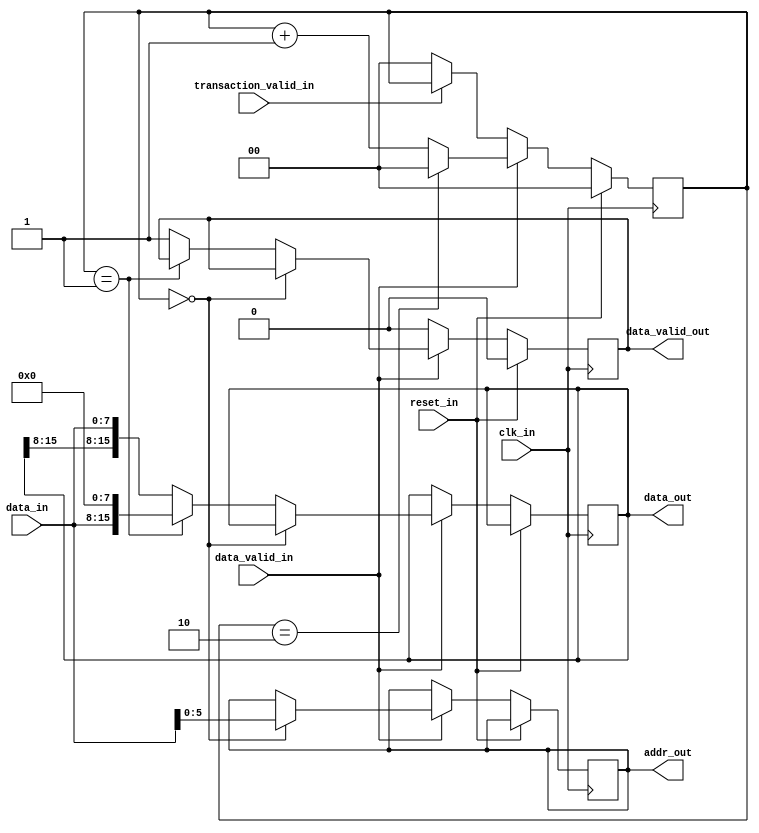
module spi_decoder(
    input   wire       reset_in,
    input   wire       clk_in,
    input   wire[7:0]  data_in,
    input   wire       data_valid_in,
    input   wire       transaction_valid_in,
    output  reg[15:0]  data_out,
    output  reg[5:0]   addr_out,
    output  reg       data_valid_out
);

    reg[1:0] rx_counter;

    always@(posedge clk_in)begin
        if(reset_in == 1'b1)begin
            rx_counter <= 2'h0;
            data_valid_out <= 1'b0;
        end
        else begin
            if(transaction_valid_in == 1'b0)begin
                rx_counter <= 2'h0;
            end
            
            if(data_valid_in == 1'b1)begin
                rx_counter <= (rx_counter == 2'h2)?2'h0:rx_counter + 2'h1;
                if(rx_counter == 2'h0)begin
                    addr_out <= data_in[5:0];
                end
                else if(rx_counter == 2'h1)begin
                    data_out <= {data_in,8'h0};
                end
                else begin
                    data_out <= {data_out[15:8],data_in};
                    data_valid_out <= 1'b1;
                end
            end
            else begin
                data_valid_out <= 1'b0;
            end
        end
    end

endmodule